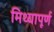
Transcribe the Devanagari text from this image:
मिथ्यापूर्ण